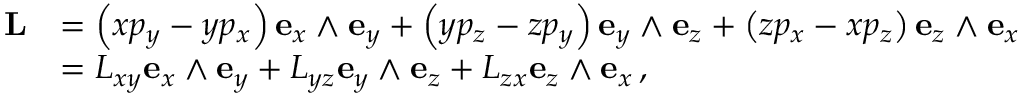
{ \begin{array} { r l } { \mathbf { L } } & { = \left( x p _ { y } - y p _ { x } \right) \mathbf { e } _ { x } \wedge \mathbf { e } _ { y } + \left( y p _ { z } - z p _ { y } \right) \mathbf { e } _ { y } \wedge \mathbf { e } _ { z } + \left( z p _ { x } - x p _ { z } \right) \mathbf { e } _ { z } \wedge \mathbf { e } _ { x } } \\ & { = L _ { x y } \mathbf { e } _ { x } \wedge \mathbf { e } _ { y } + L _ { y z } \mathbf { e } _ { y } \wedge \mathbf { e } _ { z } + L _ { z x } \mathbf { e } _ { z } \wedge \mathbf { e } _ { x } \, , } \end{array} }